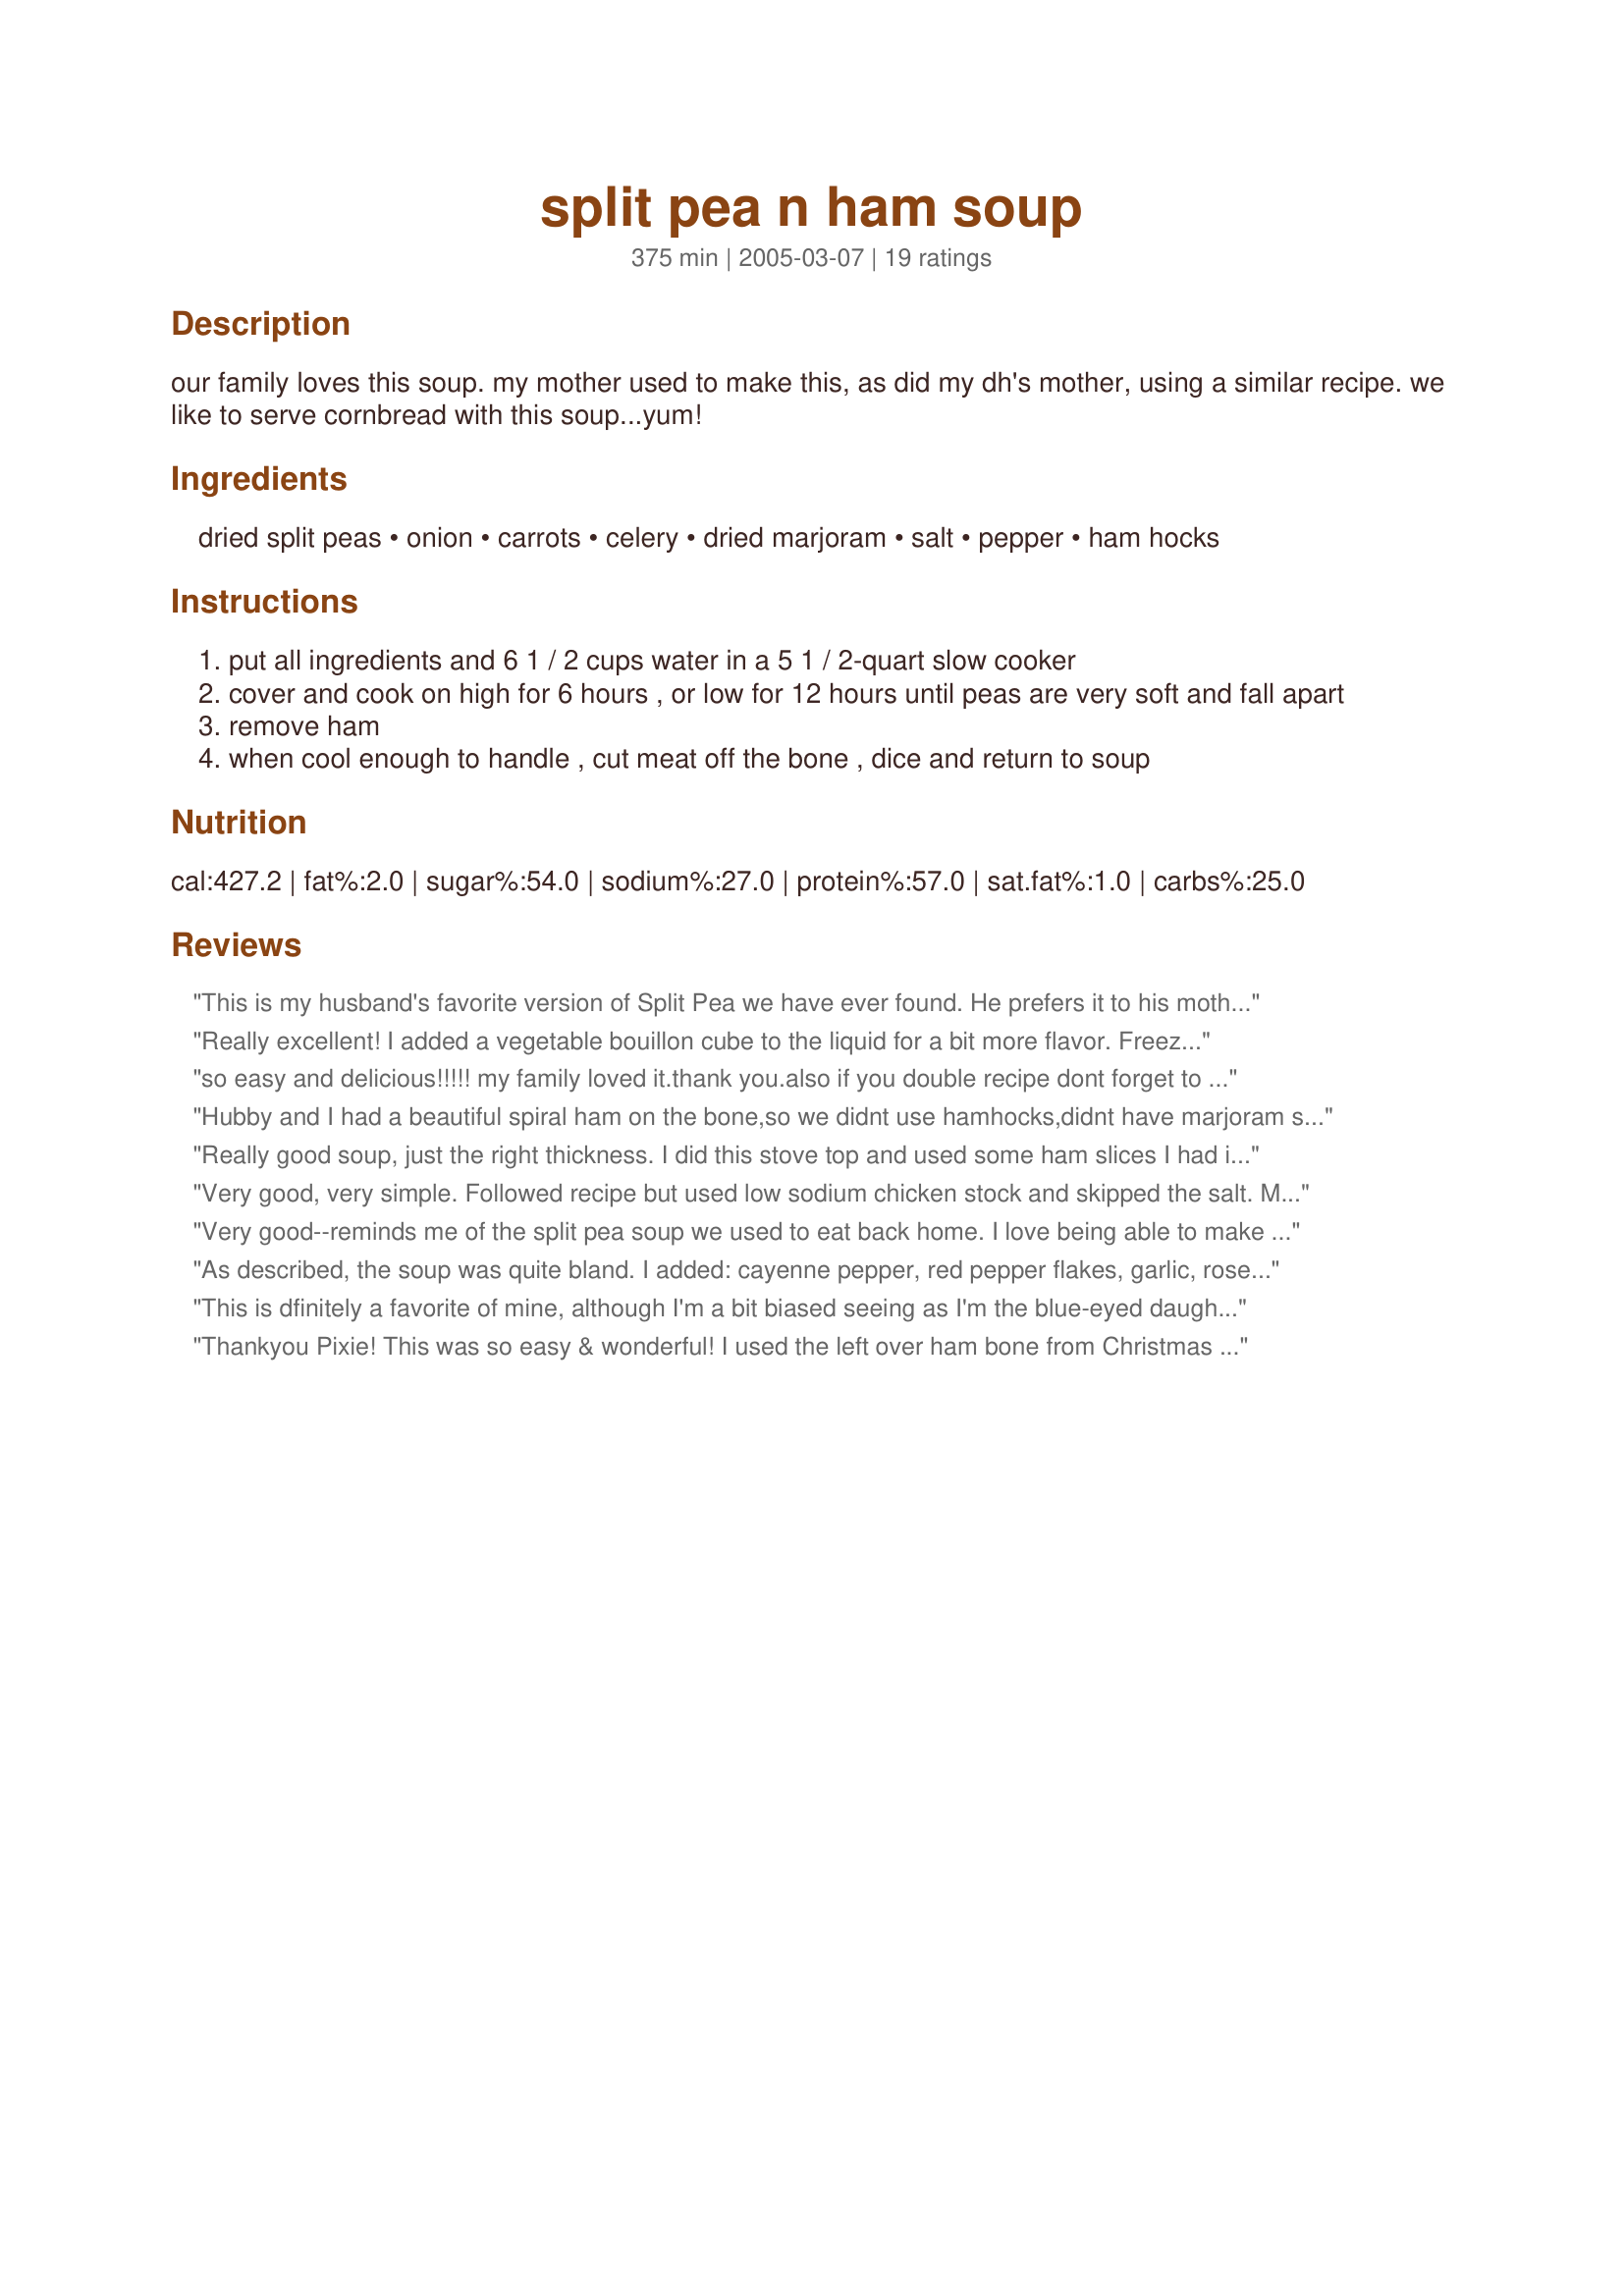
split pea n ham soup
Preparation time: 375 minutes

our family loves this soup. my mother used to make this, as did my dh's mother, using a similar recipe. we like to serve cornbread with this soup...yum!

Ingredients:
dried split peas, onion, carrots, celery, dried marjoram, salt, pepper, ham hocks

Steps:
put all ingredients and 6 1 / 2 cups water in a 5 1 / 2-quart slow cooker
cover and cook on high for 6 hours , or low for 12 hours until peas are very soft and fall apart
remove ham
when cool enough to handle , cut meat off the bone , dice and return to soup

Reviews:
This is my husband's favorite version of Split Pea we have ever found. He prefers it to his mother's even! My kids say, "Mmmmm" with each bite. We love the thickness of it. Typically we use the yellow split peas in our home. Turns out delicious every time. THANKS for a great recipe we return to often following the holidays to use up our leftover ham bone.
Really excellent! I added a vegetable bouillon cube to the liquid for a bit more flavor. Freezes well, too.
so easy and delicious!!!!! my family loved it.thank you.also if you double recipe dont forget to double water.
Hubby and I had a beautiful spiral ham on the bone,so we didnt use hamhocks,didnt have marjoram so we had to skip it this time,we doubled this recipe using half water and half chicken stock brought it all up to a boil on stovetop and then turned it down to a low simmer for 4 hours exactly,we also added a good tablespoon of minced garlic at the begining of simmering,this is one of those recipes where simplicity is purely the best!!
 This pea soup came out SPECTACULAR!! Hubby,my visiting Mom and I had it for supper last night and for lunch today,We all enjoyed it tremendously,this was quite easy to prepare,the flavor & 
thickness was pure perfection and simply delicious!!!
 Super YUMMYYYYY pea soup!!!!
 Thanks for posting it!!!
 Debbie :) 

Really good soup, just the right thickness. I did this stove top and used some ham slices I had instead of the ham hocks. Worked perfectly, thanks Hazeleyes.
Very good, very simple. Followed recipe but used low sodium chicken stock and skipped the salt. Mine was ready in 4 hrs on high.
Very good--reminds me of the split pea soup we used to eat back home. I love being able to make it in the crockpot. Thank you for this recipe!
As described, the soup was quite bland. I added: cayenne pepper, red pepper flakes, garlic, rosemary, and sage. Much better! I made it on the stove and it was ready after about 1 hour of simmering.
This is dfinitely a favorite of mine, although I'm a bit biased seeing as I'm the blue-eyed daughter of Hazeleyes (who submitted this recipe)!! I enjoyed it all growing up. It's great on a cold winter night, and even better the next day!!
Thankyou Pixie! This was so easy & wonderful! I used the left over ham bone from Christmas to make this. Put the crockpot on low before going to work & came home to a yummy hot dinner. I did skip the salt because we found was pretty salty already so it turned out perfectly for our tastes.
I really enjoyed this soup. Put it in the crock before attending a football game and came home to a heavenly aroma and soup awesome soup! Only difference is that my ham hock was a lot more than 1.5 lbs, so mine is pretty "hammy". Which is certainly ok with my family. Sooo easy to make. It's already in my keeper file. Thanks Hazeleyes!
Excellent and easy! Followed recipe exactly and easily got 6 two cup servings. DD enjoyed it as did I... tho I added a little Tabasco chipotle sauce for a bit of a zing. (Taste buds are dying off in my old age, don't you know! *lol*) Will make again.
This was a lovely soup. I was not able to cook in a crock pot, so I simmered away on the stove. Consequently, I had to turn off the soup when the split peas became soft, remove the ham hocks to another pan, add some chicken stock & water, and simmer those until they started to fall off the bone. Then I added it all back to the soup. Still, it tasted wonderful!
I don't know how something so basic can taste so wonderfully, but it does. And sooo easy. I added a couple of bay leaves but otherwise made it just as written. Terrific, Hazeleyes.
This was wonderful! I used the stove top to cook the soup and simmered it for about two hours. I used chicken broth in place of the water so I omitted the salt. Excellent recipe!
My husband grew up on this recipe and now we both love it! I use cubed ham as well instead of the hock.
Wonderful! Cubed a chunk of ham (about 2 cups) instead of using a hock, and subbed oregano for marjoram. Thanks!
5 thumbs up! The only difference was that I made this in the pressure cooker and "blind timed" 15 mins after the hat stood up! and it turned out so very awesome ! Just two shots of tobasco for flavour is perfect! 
Thank you for sharing this recipe.
I loved this soup. It was full of flavor and will definately be my split pea soup recipe. The only thing I changed was the cooking method. Instead of a crop pot, I cooked it in a pot, first bringing everything to a full boil then I reduced the temperature to med-low, covered, and let simmer for just a little over two hours. Thank you for sharing!
